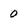
Character: 0